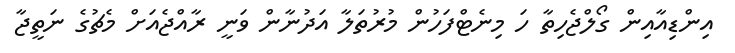
އިންޑިއާއިން ގޯލްޖެހިތާ ހަ މިނެޓްފަހުން މުރުތަލާ އަދުނާން ވަނީ ރާއްޖެއަށް މެޗުގެ ނަތީޖާ